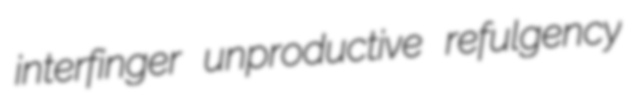
interfinger unproductive refulgency